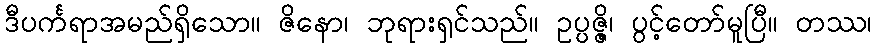
ဒီပင်္ကရာအမည်ရှိသော။ ဇိနော၊ ဘုရားရှင်သည်။ ဥပ္ပဇ္ဇိ၊ ပွင့်တော်မူပြီ။ တဿ၊